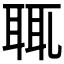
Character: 𦕿